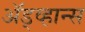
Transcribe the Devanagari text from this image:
ॲड्व्हान्स